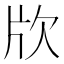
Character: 㸝